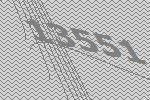
13551